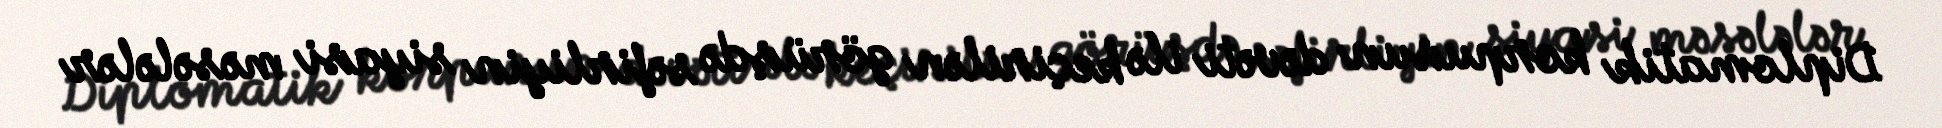
Diplomatik korpusun dəvəti ilə keçirilən görüşdə səfirliyin siyasi məsələlər